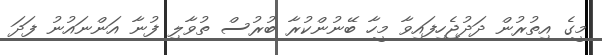
މީގެ އިތުރުން ދަދުޖެހިފައިވާ މީހާ ބޭނުންކުރާ ބުރުސް ތުވާލި ފުނާ އަންނައުނު ފަދަ